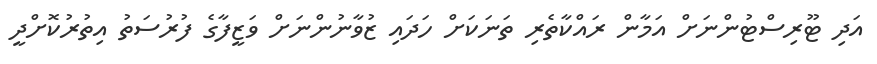
އަދި ޓޫރިސްޓުންނަށް އަމާން ރައްކާތެރި ތަނަކަށް ހަދައި ޒުވާނުންނަށް ވަޒީފާގެ ފުރުސަތު އިތުރުކޮށްދީ